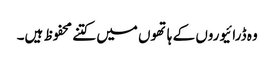
وہ ڈرائیوروں کے ہاتھوں میں کتنے محفوظ ہیں۔